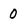
Character: 0